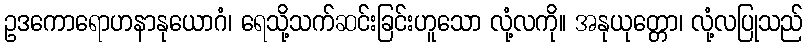
ဥဒကောရောဟနာနုယောဂံ၊ ရေသို့သက်ဆင်းခြင်းဟူသော လုံ့လကို။ အနုယုတ္တော၊ လုံ့လပြုသည်